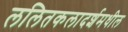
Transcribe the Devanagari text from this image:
ललितकलादर्शमधील